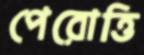
পেরোত্তি